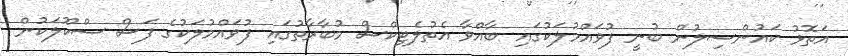
އަތޮޅު ކައުންސިލުން ބުނީ ފުވައްމުލަކުގައި ބާއްވާ އެތުލެޓިކްސް މުބާރާތުގައި ފުވައްމުލަކުގެ ފަސް ސްކޫލަކުން